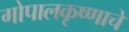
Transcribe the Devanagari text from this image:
गोपालकृष्णाचे